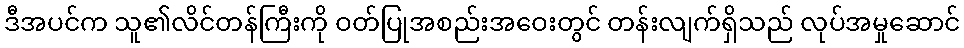
ဒီအပင်က သူ၏လိင်တန်ကြီးကို ဝတ်ပြုအစည်းအဝေးတွင် တန်းလျက်ရှိသည် လုပ်အမှုဆောင်